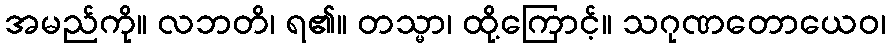
အမည်ကို။ လဘတိ၊ ရ၏။ တသ္မာ၊ ထို့ကြောင့်။ သဂုဏတောယေဝ၊